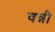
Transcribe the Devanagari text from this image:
वन्नी